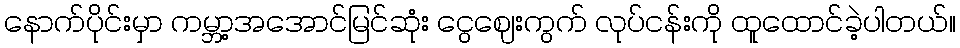
နောက်ပိုင်းမှာ ကမ္ဘာ့အအောင်မြင်ဆုံး ငွေဈေးကွက် လုပ်ငန်းကို ထူထောင်ခဲ့ပါတယ်။